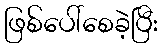
ဖြစ်ပေါ်စေခဲ့ပြီး